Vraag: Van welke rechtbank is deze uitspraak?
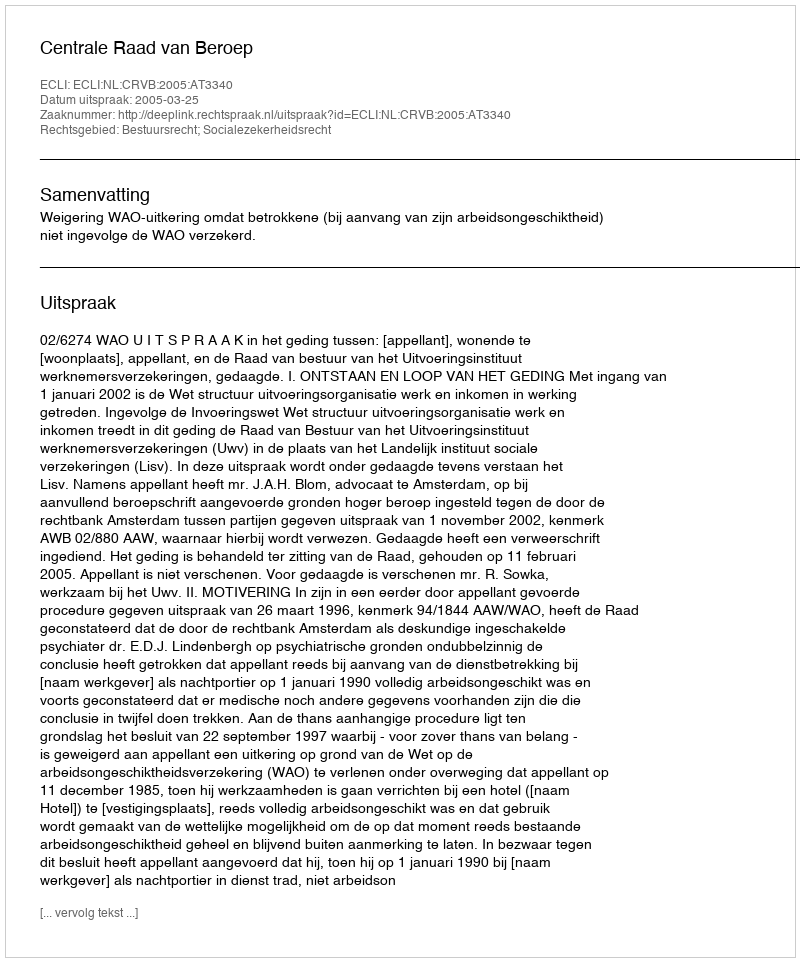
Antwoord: Centrale Raad van Beroep